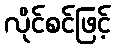
လိုင်စင်ဖြင့်